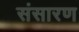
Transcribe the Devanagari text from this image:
संसारण